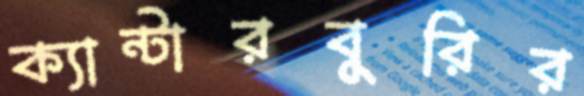
ক্যান্টারবুরির